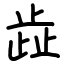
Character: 歮